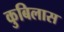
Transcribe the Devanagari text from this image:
कुबिलास